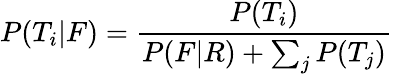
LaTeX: P(T_{i}|F)={\frac{P(T_{i})}{P(F|R)+\sum_{j}{P(T_{j})}}}